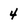
Character: 4